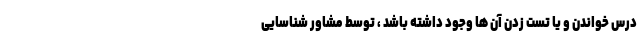
درس خواندن و یا تست زدن آن ها وجود داشته باشد ، توسط مشاور شناسایی